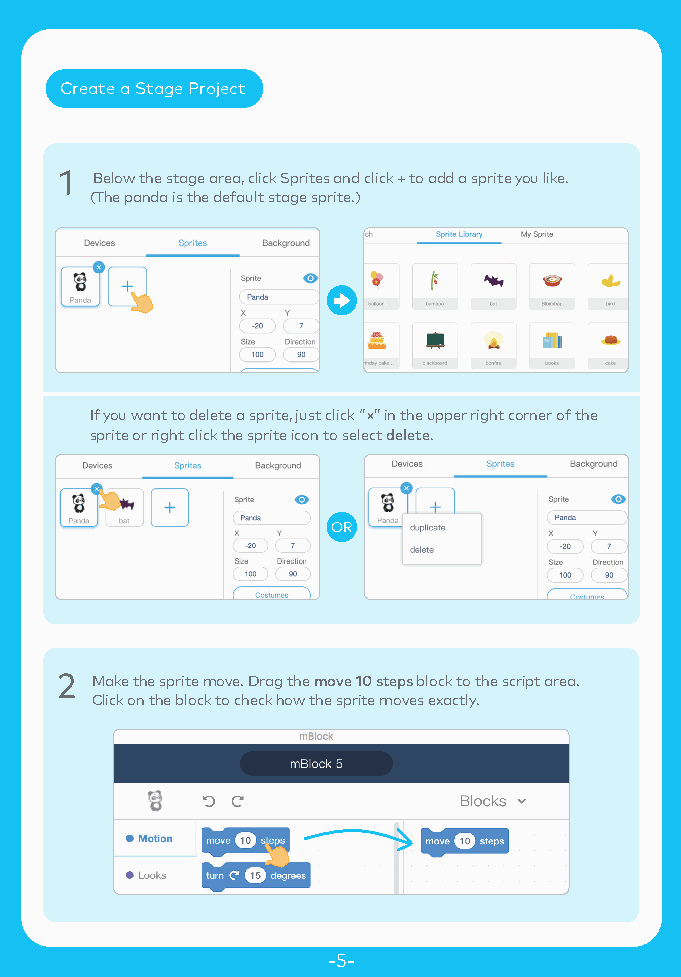
Create a Stage Project
 Below the stage area, click Sprites and click + to add a sprite you like.
 (The panda is the default stage sprite.)
 If you want to delete a sprite, just click ‘’×’’ in the upper right corner of the
 sprite or right click the sprite icon to select delete.
 OR
 Make the sprite move. Drag the move 10 steps block to the script area.
 Click on the block to check how the sprite moves exactly.
 -5-